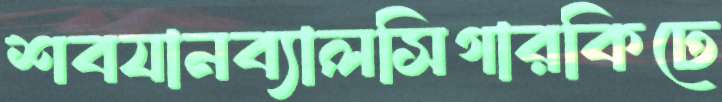
শবযানব্যালসিগারকিঢে